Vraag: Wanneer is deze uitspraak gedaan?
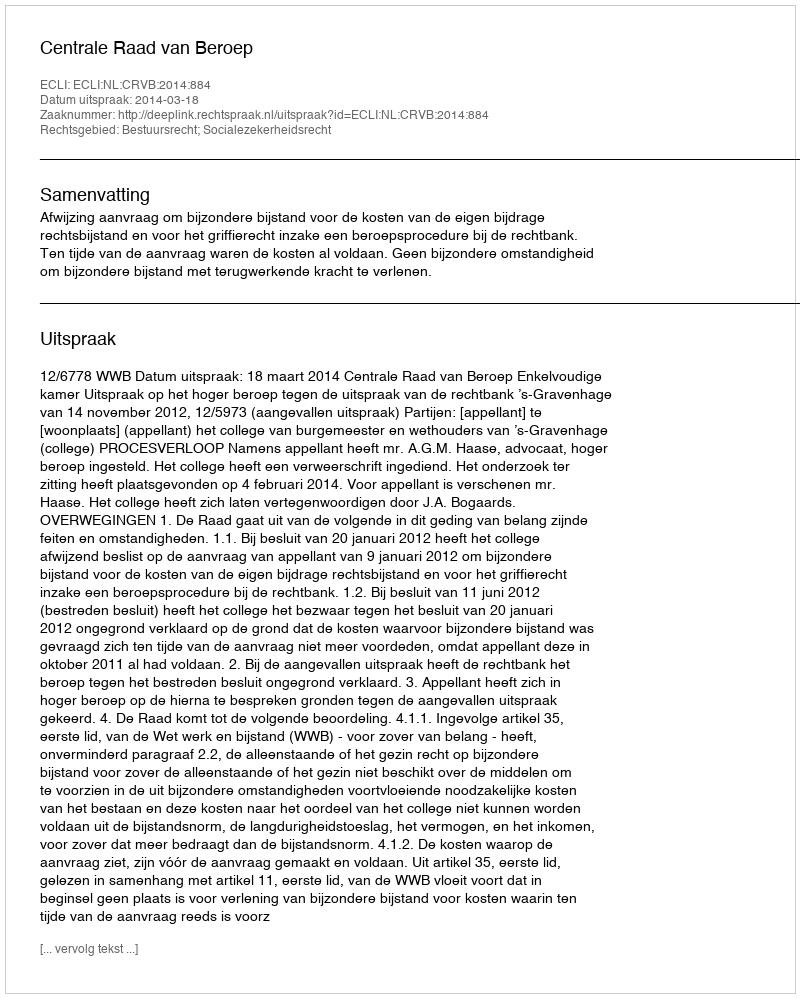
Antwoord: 2014-03-18